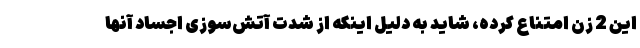
این 2 زن امتناع کرده، شاید به دلیل اینکه از شدت آتش‌سوزی اجساد آنها